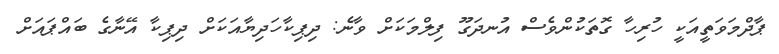
ޕާދްމަވަތީއަކީ ހުރިހާ ގޮތަކުންވެސް އުނދަގޫ ފިލްމަކަށް ވާނެ: ދިޕިކާހަދިޔާއަކަށް ދިޕިކާ އޭނާގެ ބައްޕައަށް